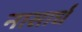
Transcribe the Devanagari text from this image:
नासार्ध